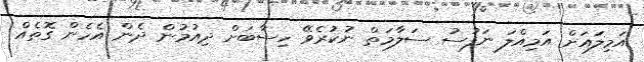
އަމިލައަށް އަމިއްލަ ނަފުސު ސަލާމަތް ނުކުރެވޭ ހިސާބަށް ދިއުމުން ދެން އެހެން ގޮތެއް